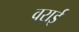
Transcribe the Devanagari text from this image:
वराई